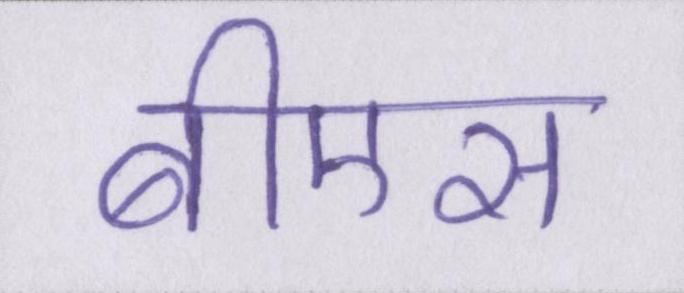
बीएस